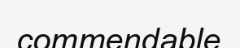
commendable